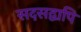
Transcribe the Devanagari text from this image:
सदसद्वापि